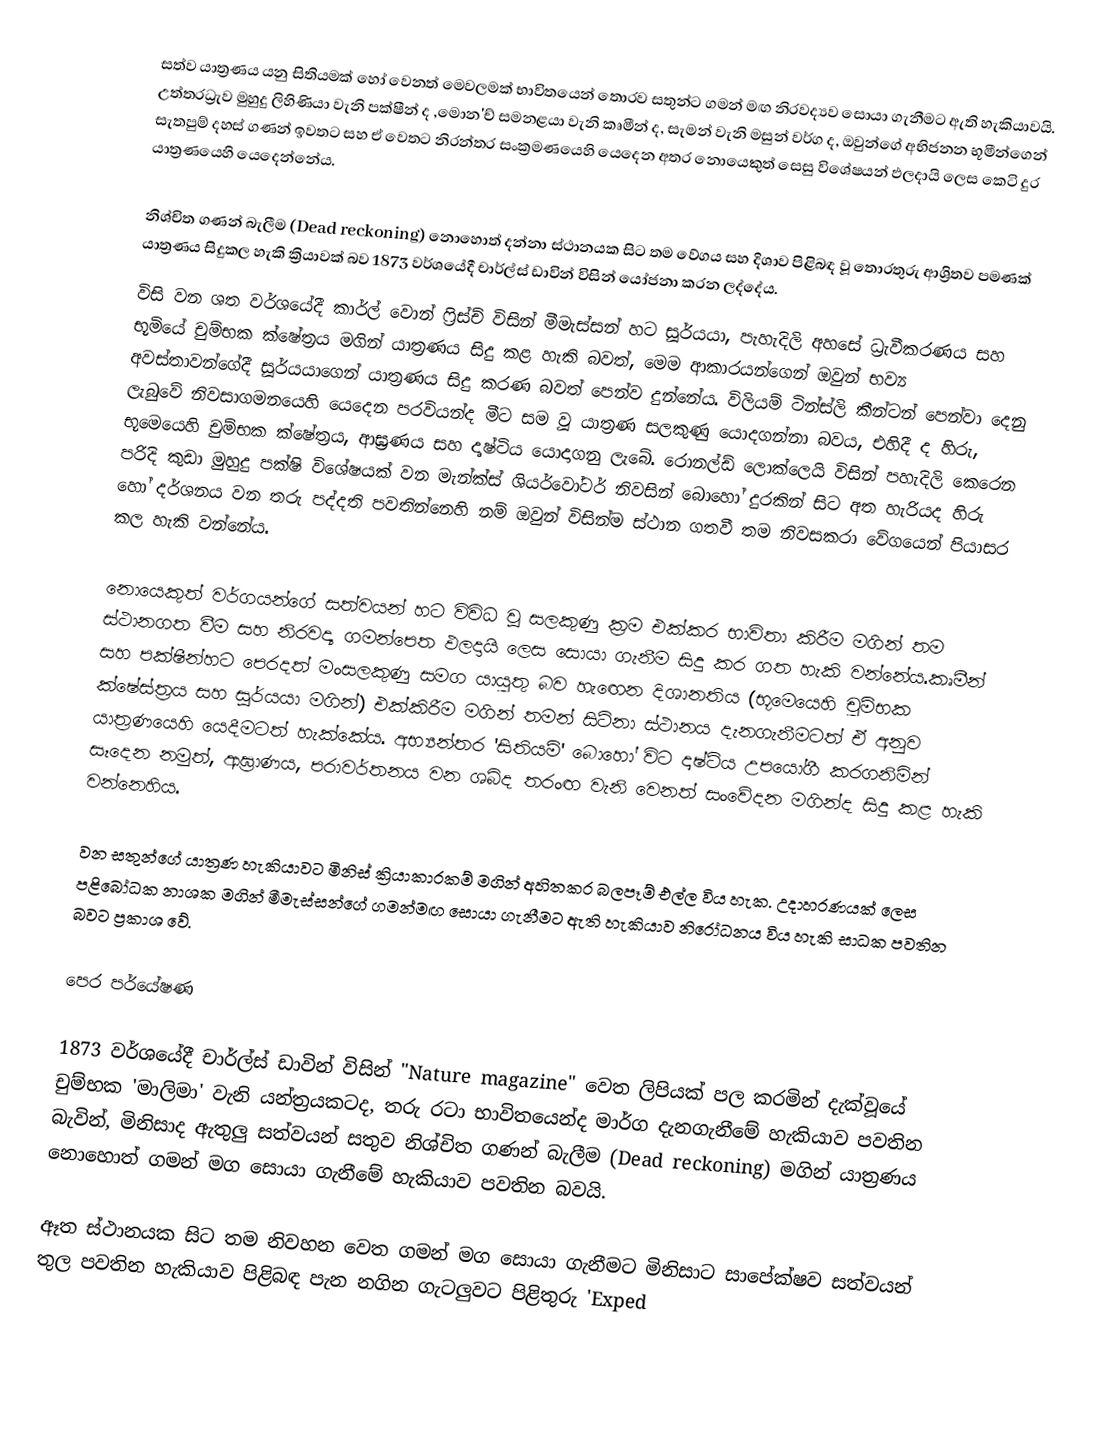
සත්ව යාත්‍රණය යනු සිතියමක් හෝ වෙනත් මෙවලමක් භාවිතයෙන් තොරව සතුන්ට ගමන් මඟ නිරවද්‍යව සොයා ගැනීමට ඇති හැකියාවයි. උත්තරධ්‍රැව මුහුදු ලිහිණියා  වැනි පක්ෂීන් ද ,මොන'ච් සමනළයා වැනි කෘමීන් ද, සැමන් වැනි මසුන් වර්ග ද, ඔවුන්ගේ අභිජනන භූමීන්ගෙන් සැතපුම් දහස් ගණන් ඉවතට සහ ඒ වෙතට නිරන්තර සංක්‍රමණයෙහි යෙදෙන අතර නොයෙකුත් සෙසු විශේෂයන් ඵලදායි ලෙස කෙටි දුර යාත්‍රණයෙහි යෙදෙන්නේය.

නිශ්චිත ගණන් බැලීම (Dead reckoning) නොහොත් දන්නා ස්ථානයක සිට තම වේගය සහ දිශාව පිළිබඳ වූ තොරතුරු ආශ්‍රිතව පමණක් යාත්‍රණය සිදුකල හැකි ක්‍රියාවක් බව 1873 වර්ශයේදී චාර්ල්ස් ඩාවින් විසින් යෝජනා කරන ලද්දේය.
විසි වන ශත වර්ශයේදී කාර්ල් වොන් ෆ්‍රිස්ච් විසින් මීමැස්සන් හට සූර්යයා, පැහැදිලි අහසේ ධ්‍රැවීකරණය සහ භූමියේ චුම්භක ක්ෂේත්‍රය මගින් යාත්‍රණය සිදු කළ හැකි බවත්, මෙම ආකාරයන්ගෙන් ඔවුන් භව්‍ය අවස්තාවන්ගේදී සූර්යයාගෙන් යාත්‍රණය සිදු කරණ බවත් පෙන්ව දුන්නේය. විලියම් ටින්ස්ලි කීන්ටන් පෙන්වා දෙනු ලැබුවේ නිවසාගමනයෙහි යෙදෙන පරවියන්ද මීට සම වූ යාත්‍රණ සලකුණු යොදගන්නා බවය, එහිදී ද හිරු, භූමෙයෙහි චුම්භක ක්ෂේත්‍රය, ආඝ්‍රණය සහ දෘෂ්ටිය යොදාගනු ලැබේ. රොනල්ඩ් ලොක්ලෙයි විසින් පහැදිලි කෙරෙන පරිදි කුඩා මුහුදු පක්ෂි විශේෂයක් වන මැන්ක්ස් ශියර්වෝටර් නිවසින් බොහෝ දුරකින් සිට අත හැරියද හිරු හෝ දර්ශනය වන තරු පද්දති පවතින්නෙහි නම් ඔවුන් විසින්ම ස්ථාන ගතවී තම නිවසකරා වේගයෙන් පියාසර කල හැකි වන්නේය.

නොයෙකුත් වර්ගයන්ගේ සත්වයන් හට විවිධ වූ සලකුණු ක්‍රම එක්කර භාවිතා කිරීම  මගින් තම ස්ථානගත වීම සහ නිරවද්‍ය ගමන්පෙත ඵලදායි ලෙස සොයා ගැනීම සිදු කර ගත හැකි වන්නේය.කෘමීන් සහ පක්ෂීන්හට පෙරදත් මංසලකුණු සමග යායුතු බව හැඟෙන දිශානතිය (භූමෙයෙහි චුම්භක ක්ෂේස්ත්‍රය සහ සූර්යයා මගින්) එක්කිරීම මගින් තමන් සිටිනා ස්ථානය දැනගැනීමටත් ඒ අනුව යාත්‍රණයෙහි යෙදීමටත් හැක්කේය. අභ්‍යන්තර 'සිතියම්' බොහෝ විට දෘෂ්ටිය උපයෝගී කරගනිමින් සෑදෙන නමුත්, ආඝ්‍රාණය, පරාවර්තනය වන ශබ්ද තරංඟ වැනි වෙනත් සංවේදන මගින්ද සිදු කළ හැකි වන්නෙහිය.

වන සතුන්ගේ යාත්‍රණ හැකියාවට මිනිස් ක්‍රියාකාරකම් මගින් අහිතකර බලපෑම් එල්ල විය හැක. උදාහරණයක් ලෙස පළිබෝධක නාශක මගින් මීමැස්සන්ගේ ගමන්මඟ සොයා ගැනීමට ඇති හැකියාව නිරෝධනය විය හැකි  සාධක පවතින බවට ප්‍රකාශ වේ.

පෙර පර්යේෂණ

1873 වර්ශයේදී චාර්ල්ස් ඩාවින් විසින් "Nature magazine" වෙත ලිපියක් පල කරමින් දැක්වූයේ චුම්භක 'මාලිමා' වැනි යන්ත්‍රයකටද, තරු රටා භාවිතයෙන්ද මාර්ග දැනගැනීමේ හැකියාව පවතින බැවින්, මිනිසාද ඇතුලු සත්වයන් සතුව නිශ්චිත ගණන් බැලීම (Dead reckoning) මගින් යාත්‍රණය නොහොත් ගමන් මග සොයා ගැනීමේ හැකියාව පවතින බවයි.

ඈත ස්ථානයක සිට තම නිවහන වෙත ගමන් මග සොයා ගැනීමට මිනිසාට සාපේක්ෂව සත්වයන් තුල පවතින හැකියාව පිළිබඳ පැන නගින ගැටලුවට පිළිතුරු 'Exped